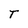
Character: T